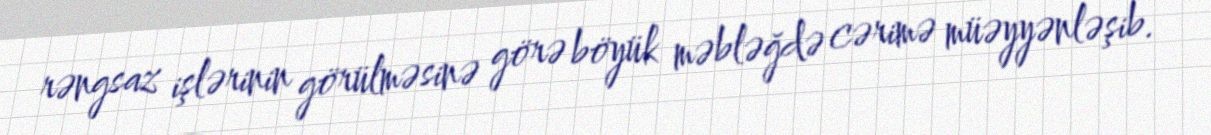
rəngsaz işlərinin görülməsinə görə böyük məbləğdə cərimə müəyyənləşib.